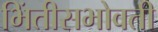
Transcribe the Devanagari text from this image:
भिंतीसभोवती